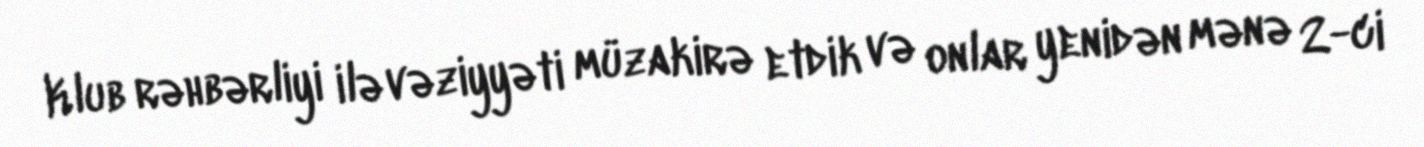
Klub rəhbərliyi ilə vəziyyəti müzakirə etdik və onlar yenidən mənə 2-ci